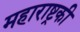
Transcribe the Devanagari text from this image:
महाराष्ट्रकी